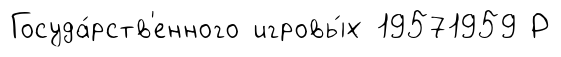
Госуда́рств'енного игровы́х 19571959 Р